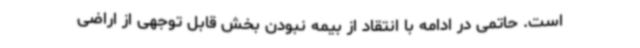
است. حاتمی در ادامه با انتقاد از بیمه نبودن بخش قابل توجهی از اراضی